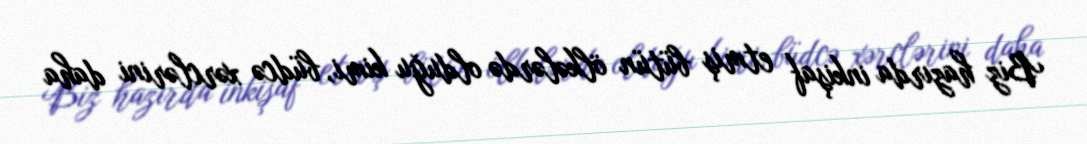
Biz hazırda inkişaf etmiş bütün ölkələrdə olduğu kimi, büdcə xərclərini daha